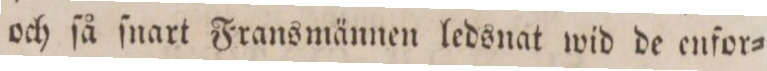
och ſå ſnart Fransmännen ledsnat wid de enfor=